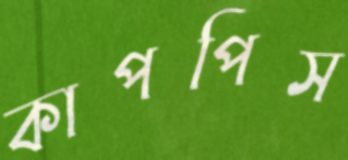
কাপপিস